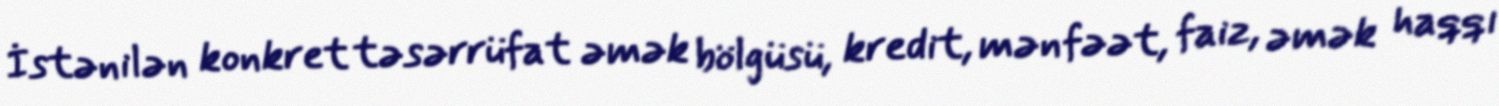
İstənilən konkret təsərrüfat əmək bölgüsü, kredit, mənfəət, faiz, əmək haqqı